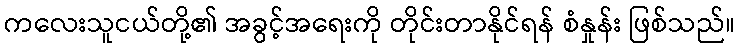
ကလေးသူငယ်တို့၏ အခွင့်အရေးကို တိုင်းတာနိုင်ရန် စံနှုန်း ဖြစ်သည်။